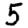
Digit: 5